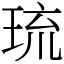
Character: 琉